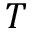
T